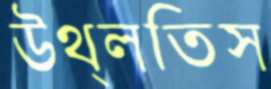
উথ্‌লতিস